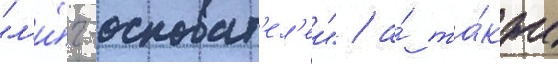
"л'и́г-основат'ел'еи" / а́ та́кже